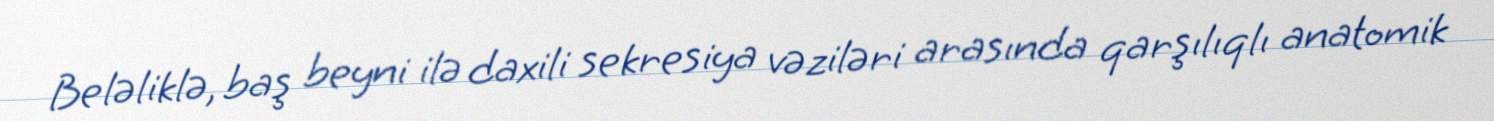
Beləliklə, baş beyni ilə daxili sekresiya vəziləri arasında qarşılıqlı anatomik